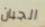
الجبان